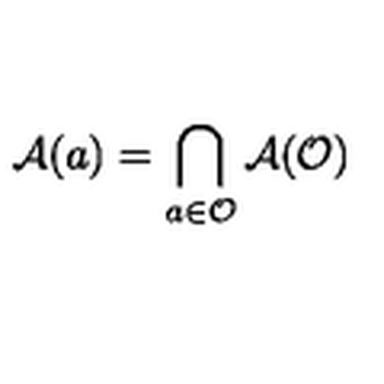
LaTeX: \mathcal { A } ( a ) = \bigcap _ { a \in \mathcal { O } } \mathcal { A } ( \mathcal { O } )